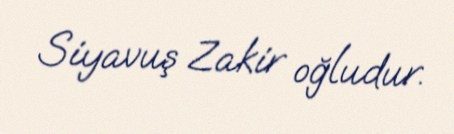
Siyavuş Zakir oğludur.